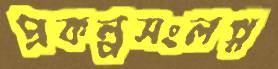
প্রকল্পসংলগ্ন